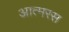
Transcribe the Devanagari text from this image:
आत्मरस